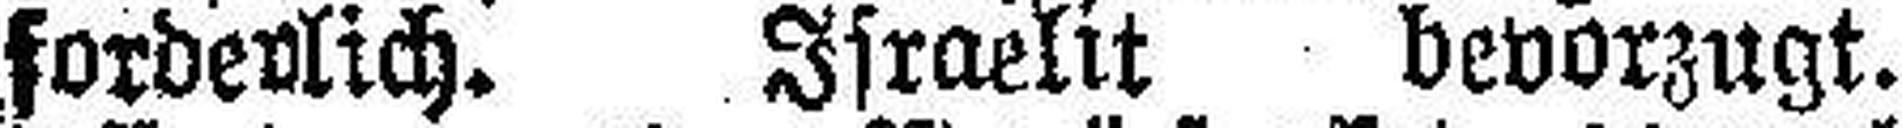
forderlich. Israelit bevorzugt.